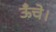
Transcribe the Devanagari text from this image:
ऊँचे।